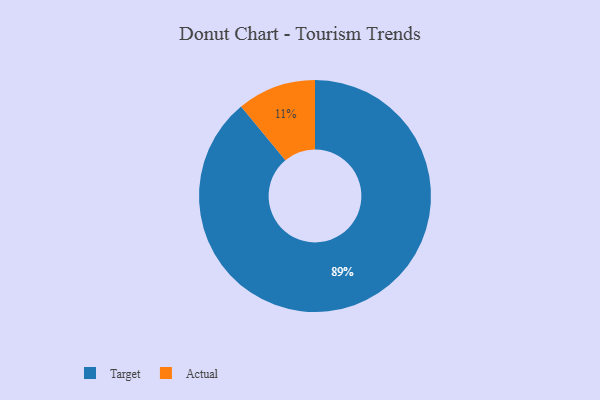
{"axis": {"x": "Category", "y": "Percentage"}, "legend": ["Actual", "Target"], "data": [{"x": "Target", "y": 89, "type": "Target"}, {"x": "Actual", "y": 11, "type": "Actual"}]}